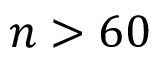
n > 6 0